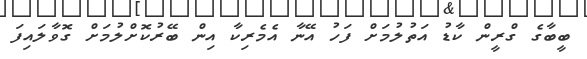
ބީބާގެ ގްރީން ކާޑު އަތުލުމަށް ފަހު އޭނާ އެމެރިކާ އިން ބޭރުކޮށްލުމަށް ގޮވާލައިފަ